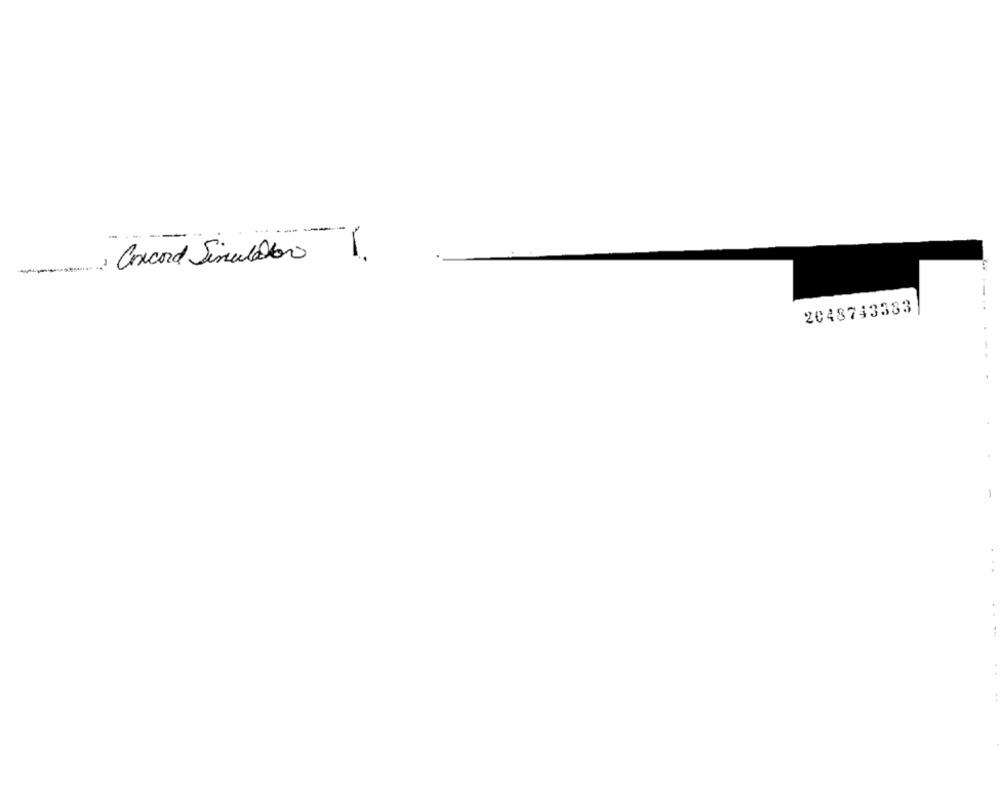
---
, Concord Simulator1.
2048743383
-